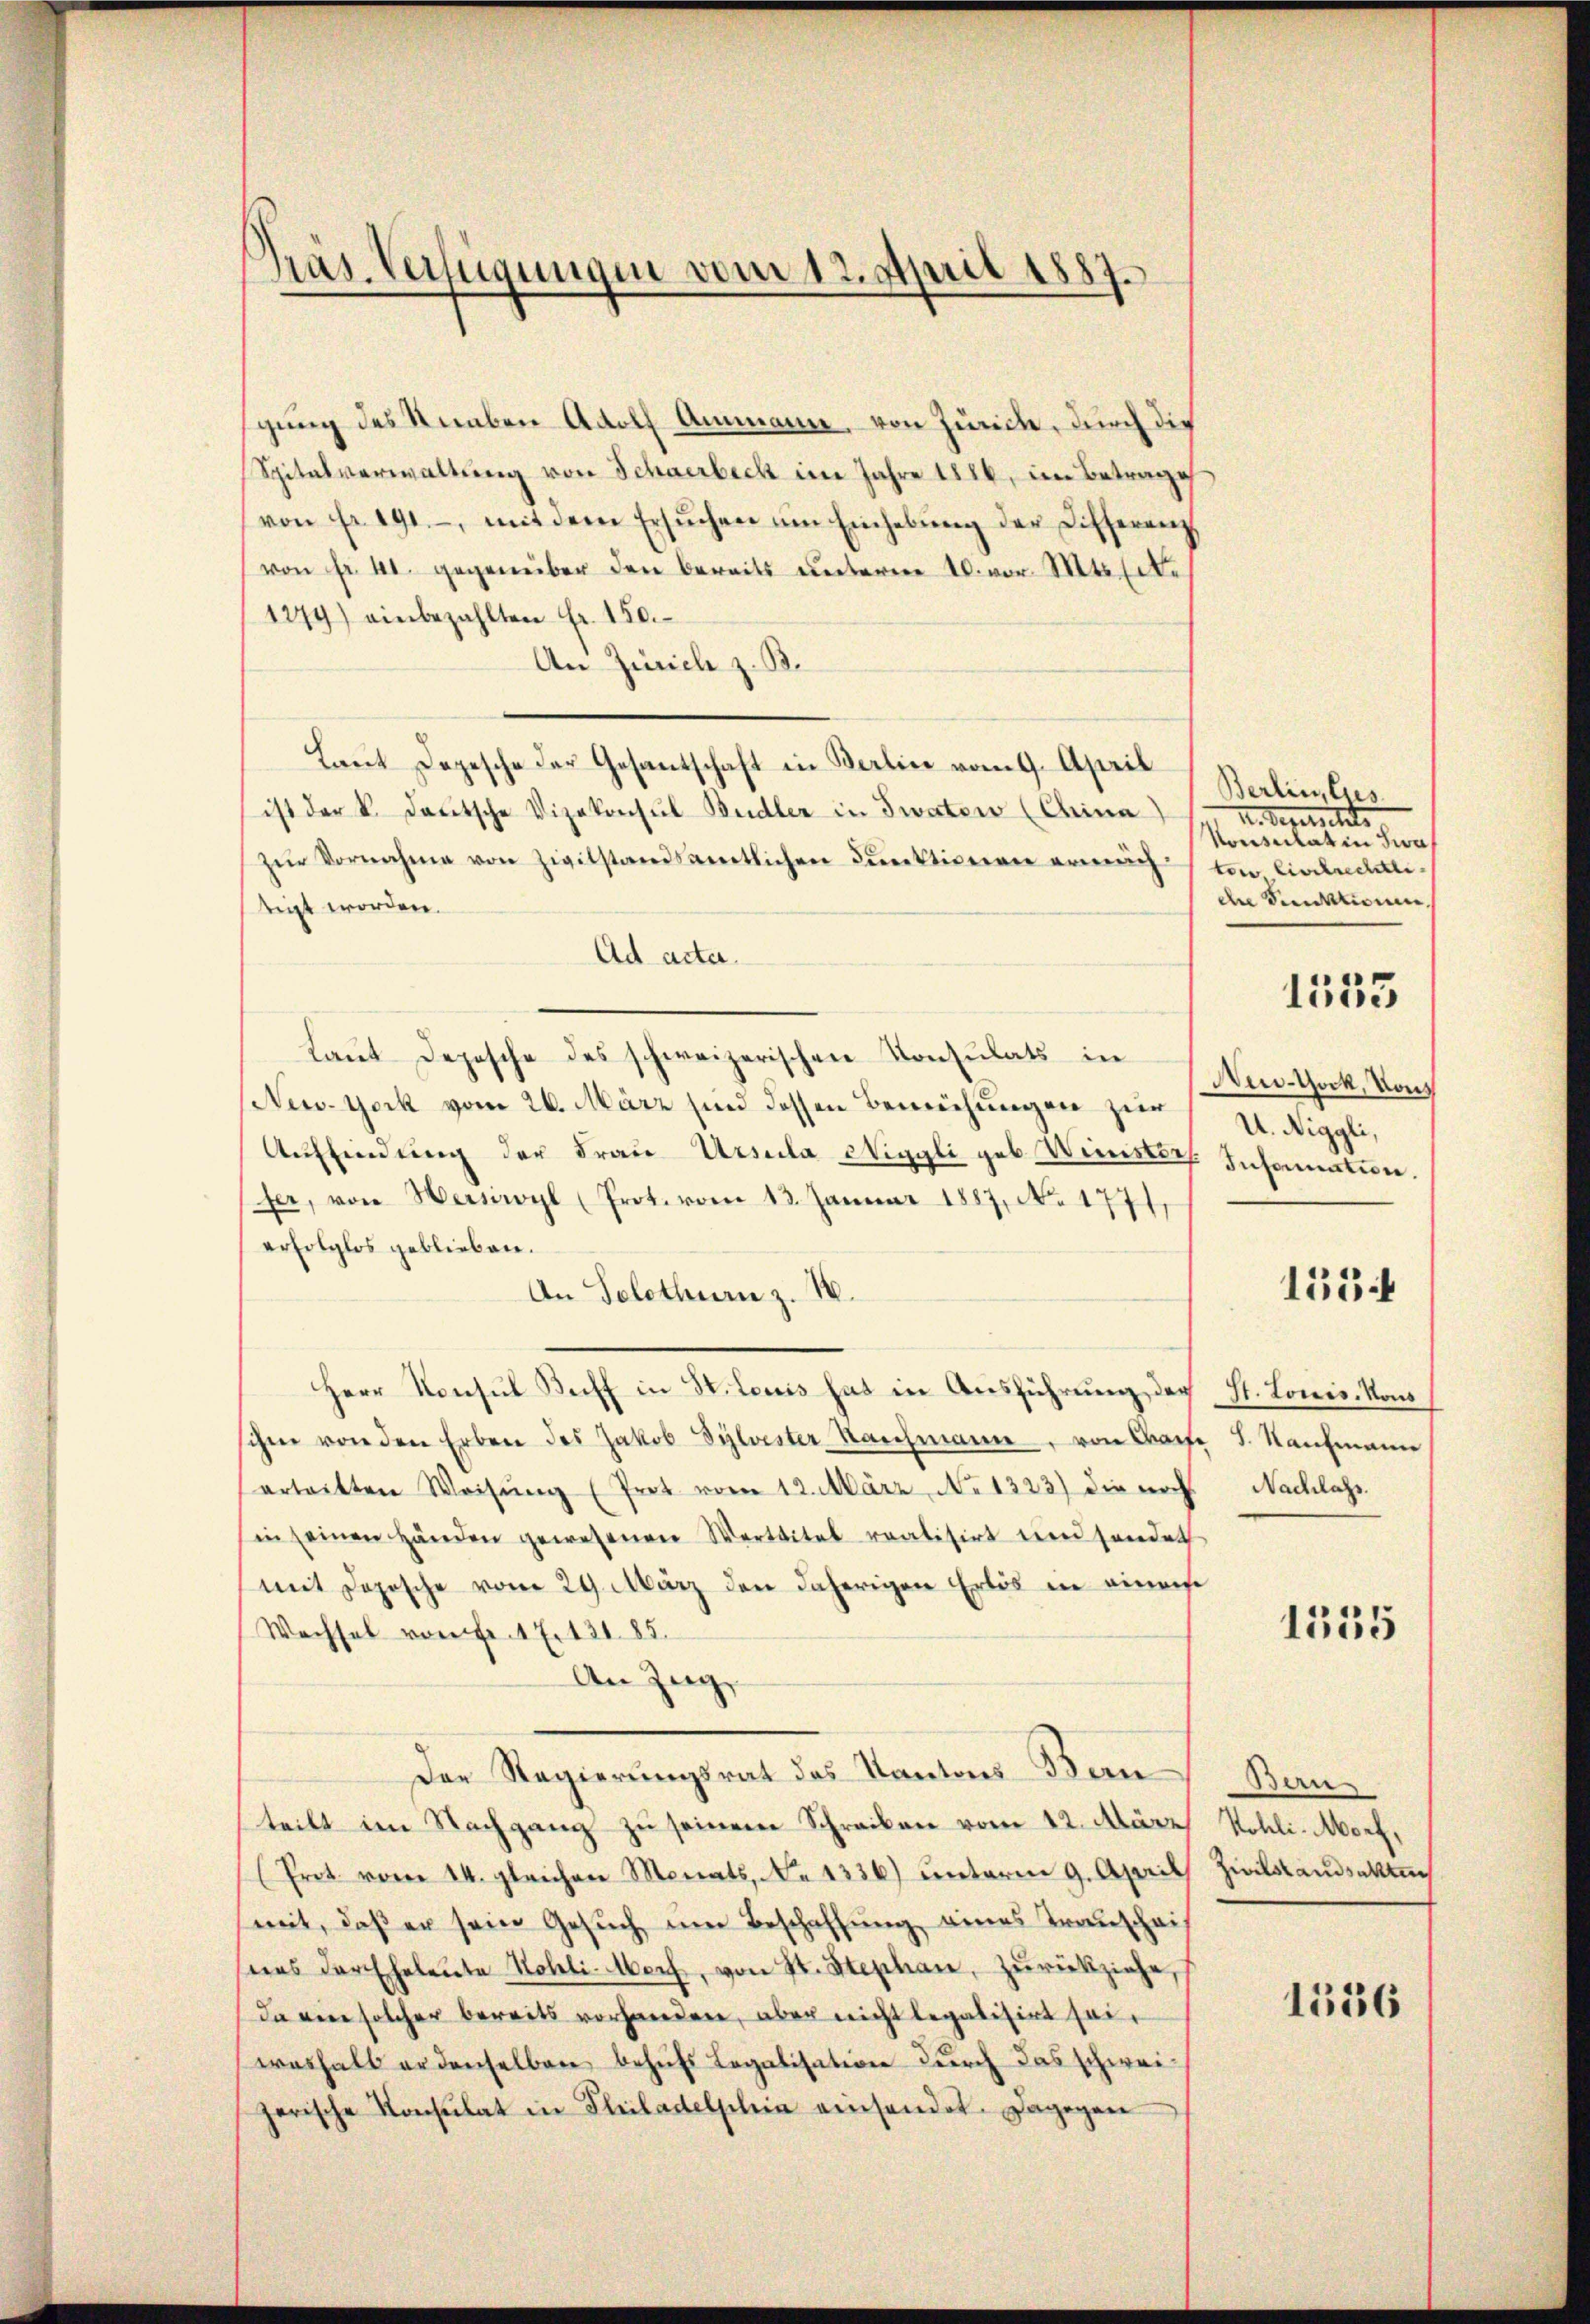
gung des Stauben Adolf Ammann, von Zürich, durch die
Spitalverwaltŭng von Schwerbeck im Jahre 1886, im Betrage
von Fr. 191., mit dem Ersuchen um Einhebung der Differenzvon fr. 41. gegenüber den bereits ŭnterm 20. vor. Mts. Ebe
1279) einbezahlten Fr. 150.
An Zürich z. B.
Laut Depesche der Gesantschaft in Berlin vom 9. April
ist der k. deutsche Vizekonsul Budler in Twatow (China
zŭr Vornahme von Zivilstandsamtlichen Funktionen ermächtigt worden.
Ad acte.
Laut Depesche des schweizerischen Konsulats in
New-York vom 26. März sind dessen Bemühungen zur
Aŭffindŭng der Frau Ursula Wiggli geb. Winister Information.
fer, von Herswyl (Prot. vom 13. Januar 1887, No 1771.
erfolglos geblieben.
An Solothurn z. B.
Herr Konsul Beff in St. Louis hat in Ausführung der
ihm von den Erben des Jakob Sylvester Rahmann, von Grafe I. Kaufmann
ertritten Weisŭng (Prot vom 12. März, No 1323) die noch
in seinen Händen gewesenen Werttitel realisirt und sendet
mit Depesche vom 29. März den daherigen Erlös in eines
Wachsel vom fr. 17. 131. 85.
An Zug,
Der Regierungsrat des Kantons-Bauteilt im Nachgang zu seinem Schreiben vom 12. März
(Pret. vom 14. gleichen Monats, No 1336) unterm 9. April
mit, daß er sein Gesuch um Beschaffung eines Transchais
nes der Eheleute Notli-Noch, von St. Stephan, zurückziehe,
Da ein solcher bereits vorhanden, aber nicht legalisirt seiweshalb er denselben behufs Legalisation durch das schweizerische Konsulat in Philadelphein einsendet. Dagegen

Präs. Verfügungen vom 12. April 1887.

Berlin, lies
I. Berechts
Vonscitat in zwa
ten Civilrechtli
che Punktionen,
Neu-Gock, Von
U. Niggli,
1554
St. Louis, vons
Nachlass.

1553

1555

Bare
Kohli. Morf,
Zivilstandsaktuch

1556